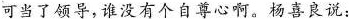
可当了领导，谁没有个自尊心啊。杨喜良说: